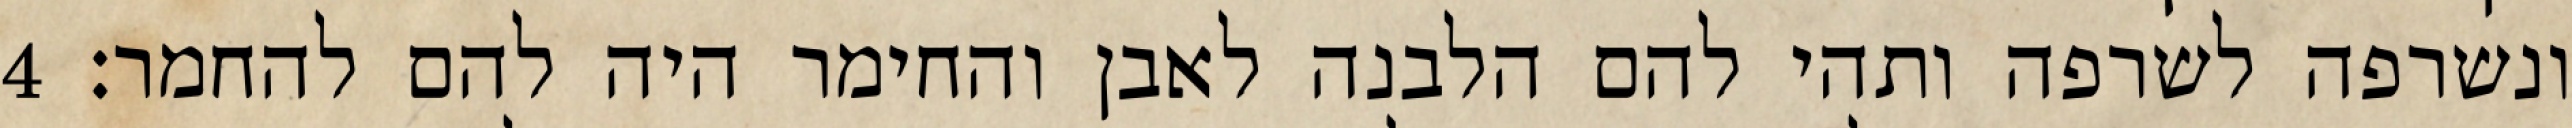
ונשרפה לשרפה ותהי להם הלבנה לאבן והחימר היה להם להחמר׃ ‎4‏